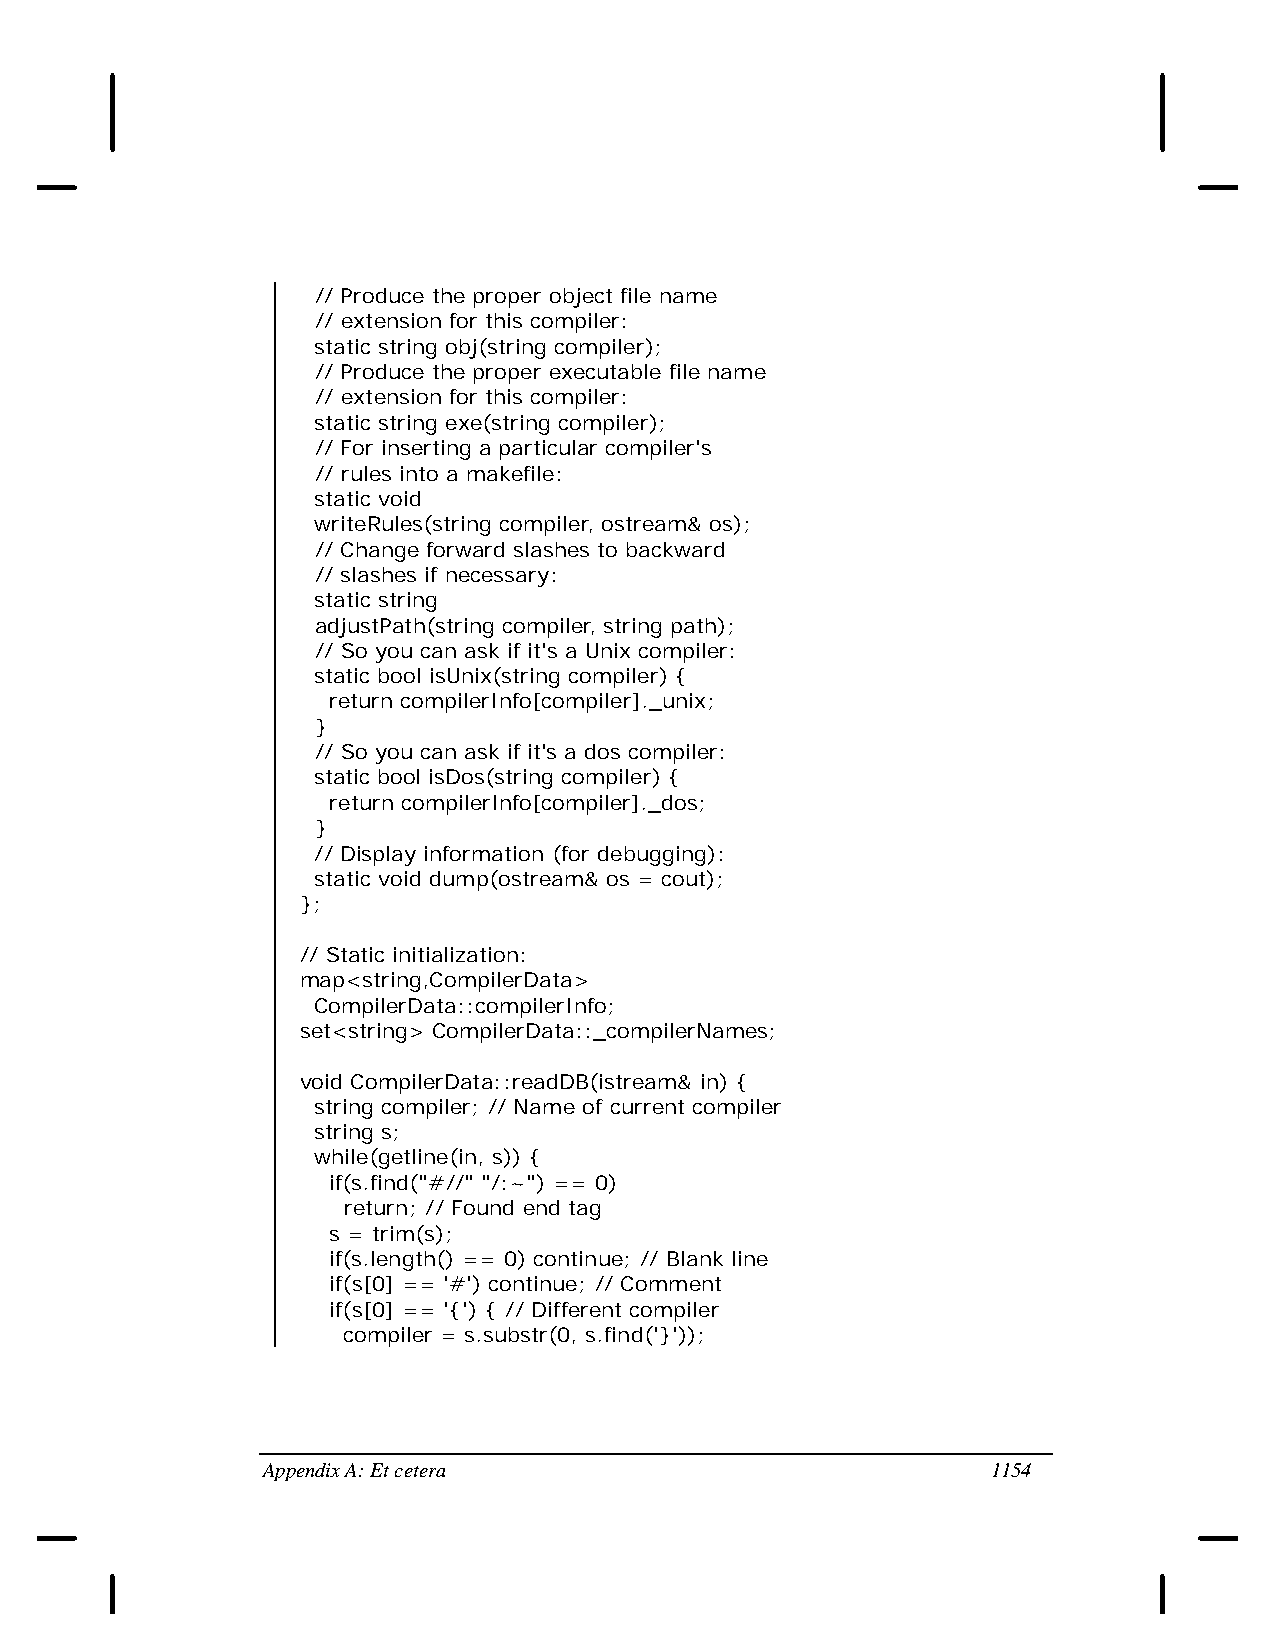
// Produce the proper object file name
 // extension for this compiler:
 static string obj(string compiler);
 // Produce the proper executable file name
 // extension for this compiler:
 static string exe(string compiler);
 // For inserting a particular compiler's
 // rules into a makefile:
 static void
 writeRules(string compiler, ostream& os);
 // Change forward slashes to backward
 // slashes if necessary:
 static string
 adjustPath(string compiler, string path);
 // So you can ask if it's a Unix compiler:
 static bool isUnix(string compiler) {
 return compilerInfo[compiler]._unix;
 }
 // So you can ask if it's a dos compiler:
 static bool isDos(string compiler) {
 return compilerInfo[compiler]._dos;
 }
 // Display information (for debugging):
 static void dump(ostream& os = cout);
 };
 // Static initialization:
 map<string,CompilerData>
 CompilerData::compilerInfo;
 set<string> CompilerData::_compilerNames;
 void CompilerData::readDB(istream& in) {
 string compiler; // Name of current compiler
 string s;
 while(getline(in, s)) {
 if(s.find("#//" "/:~") == 0)
 return; // Found end tag
 s = trim(s);
 if(s.length() == 0) continue; // Blank line
 if(s[0] == '#') continue; // Comment
 if(s[0] == '{') { // Different compiler
 compiler = s.substr(0, s.find('}'));
 Appendix A: Et cetera                            1154